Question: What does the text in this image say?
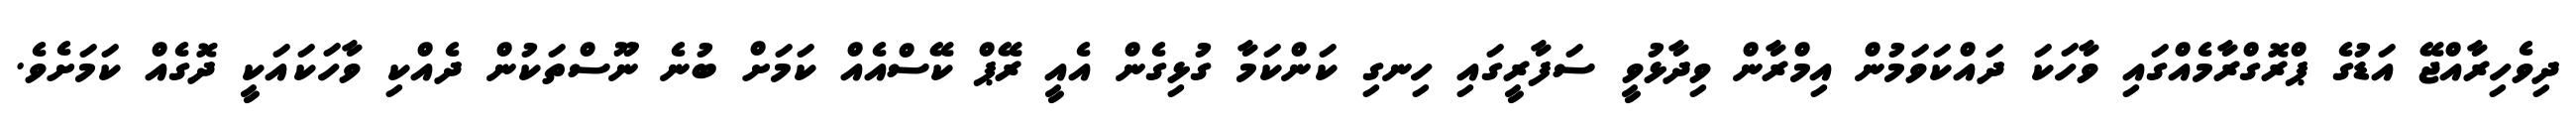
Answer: ދިވެހިރާއްޖޭ އަޑުގެ ޕްރޮގްރާމެއްގައި ވާހަކަ ދައްކަވަމުން އިމްރާން ވިދާޅުވީ ސަފާރީގައި ހިނގި ކަންކަމާ ގުޅިގެން އެއީ ރޭޕް ކޭސްއެއް ކަމަށް ބުނެ ނޫސްތަކުން ދެއްކި ވާހަކައަކީ ދޮގެއް ކަމަށެވެ.